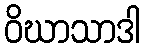
ဝိဃာသာဒါ